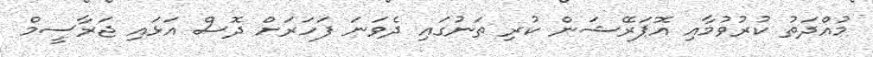
މުއްދަތު ކުރުވުމާއި އޮޕަރޭޝަން ކުރި ތަނުގައި ދެވަނަ ފަހަރަށް ދޮސް އަޅައި ޖަރާސީމް